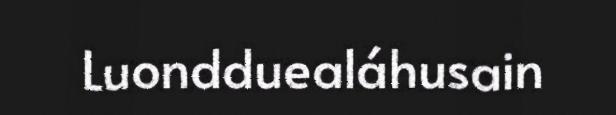
Luondduealáhusain